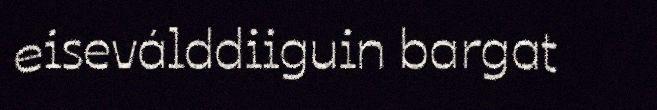
eiseválddiiguin bargat